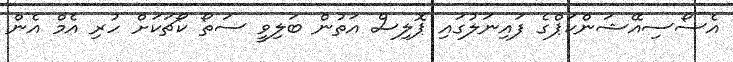
އެސޯސިއޭޝަންކަޕްގެ ފައިނަލުގައި ޕޮލިސް އަތުން ބަލިވީ ސަތޯ ކޯޗަކަށް ހުރި އެމް އެން